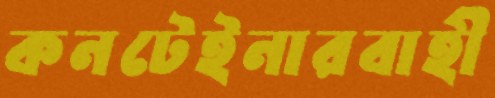
কনটেইনারবাহী